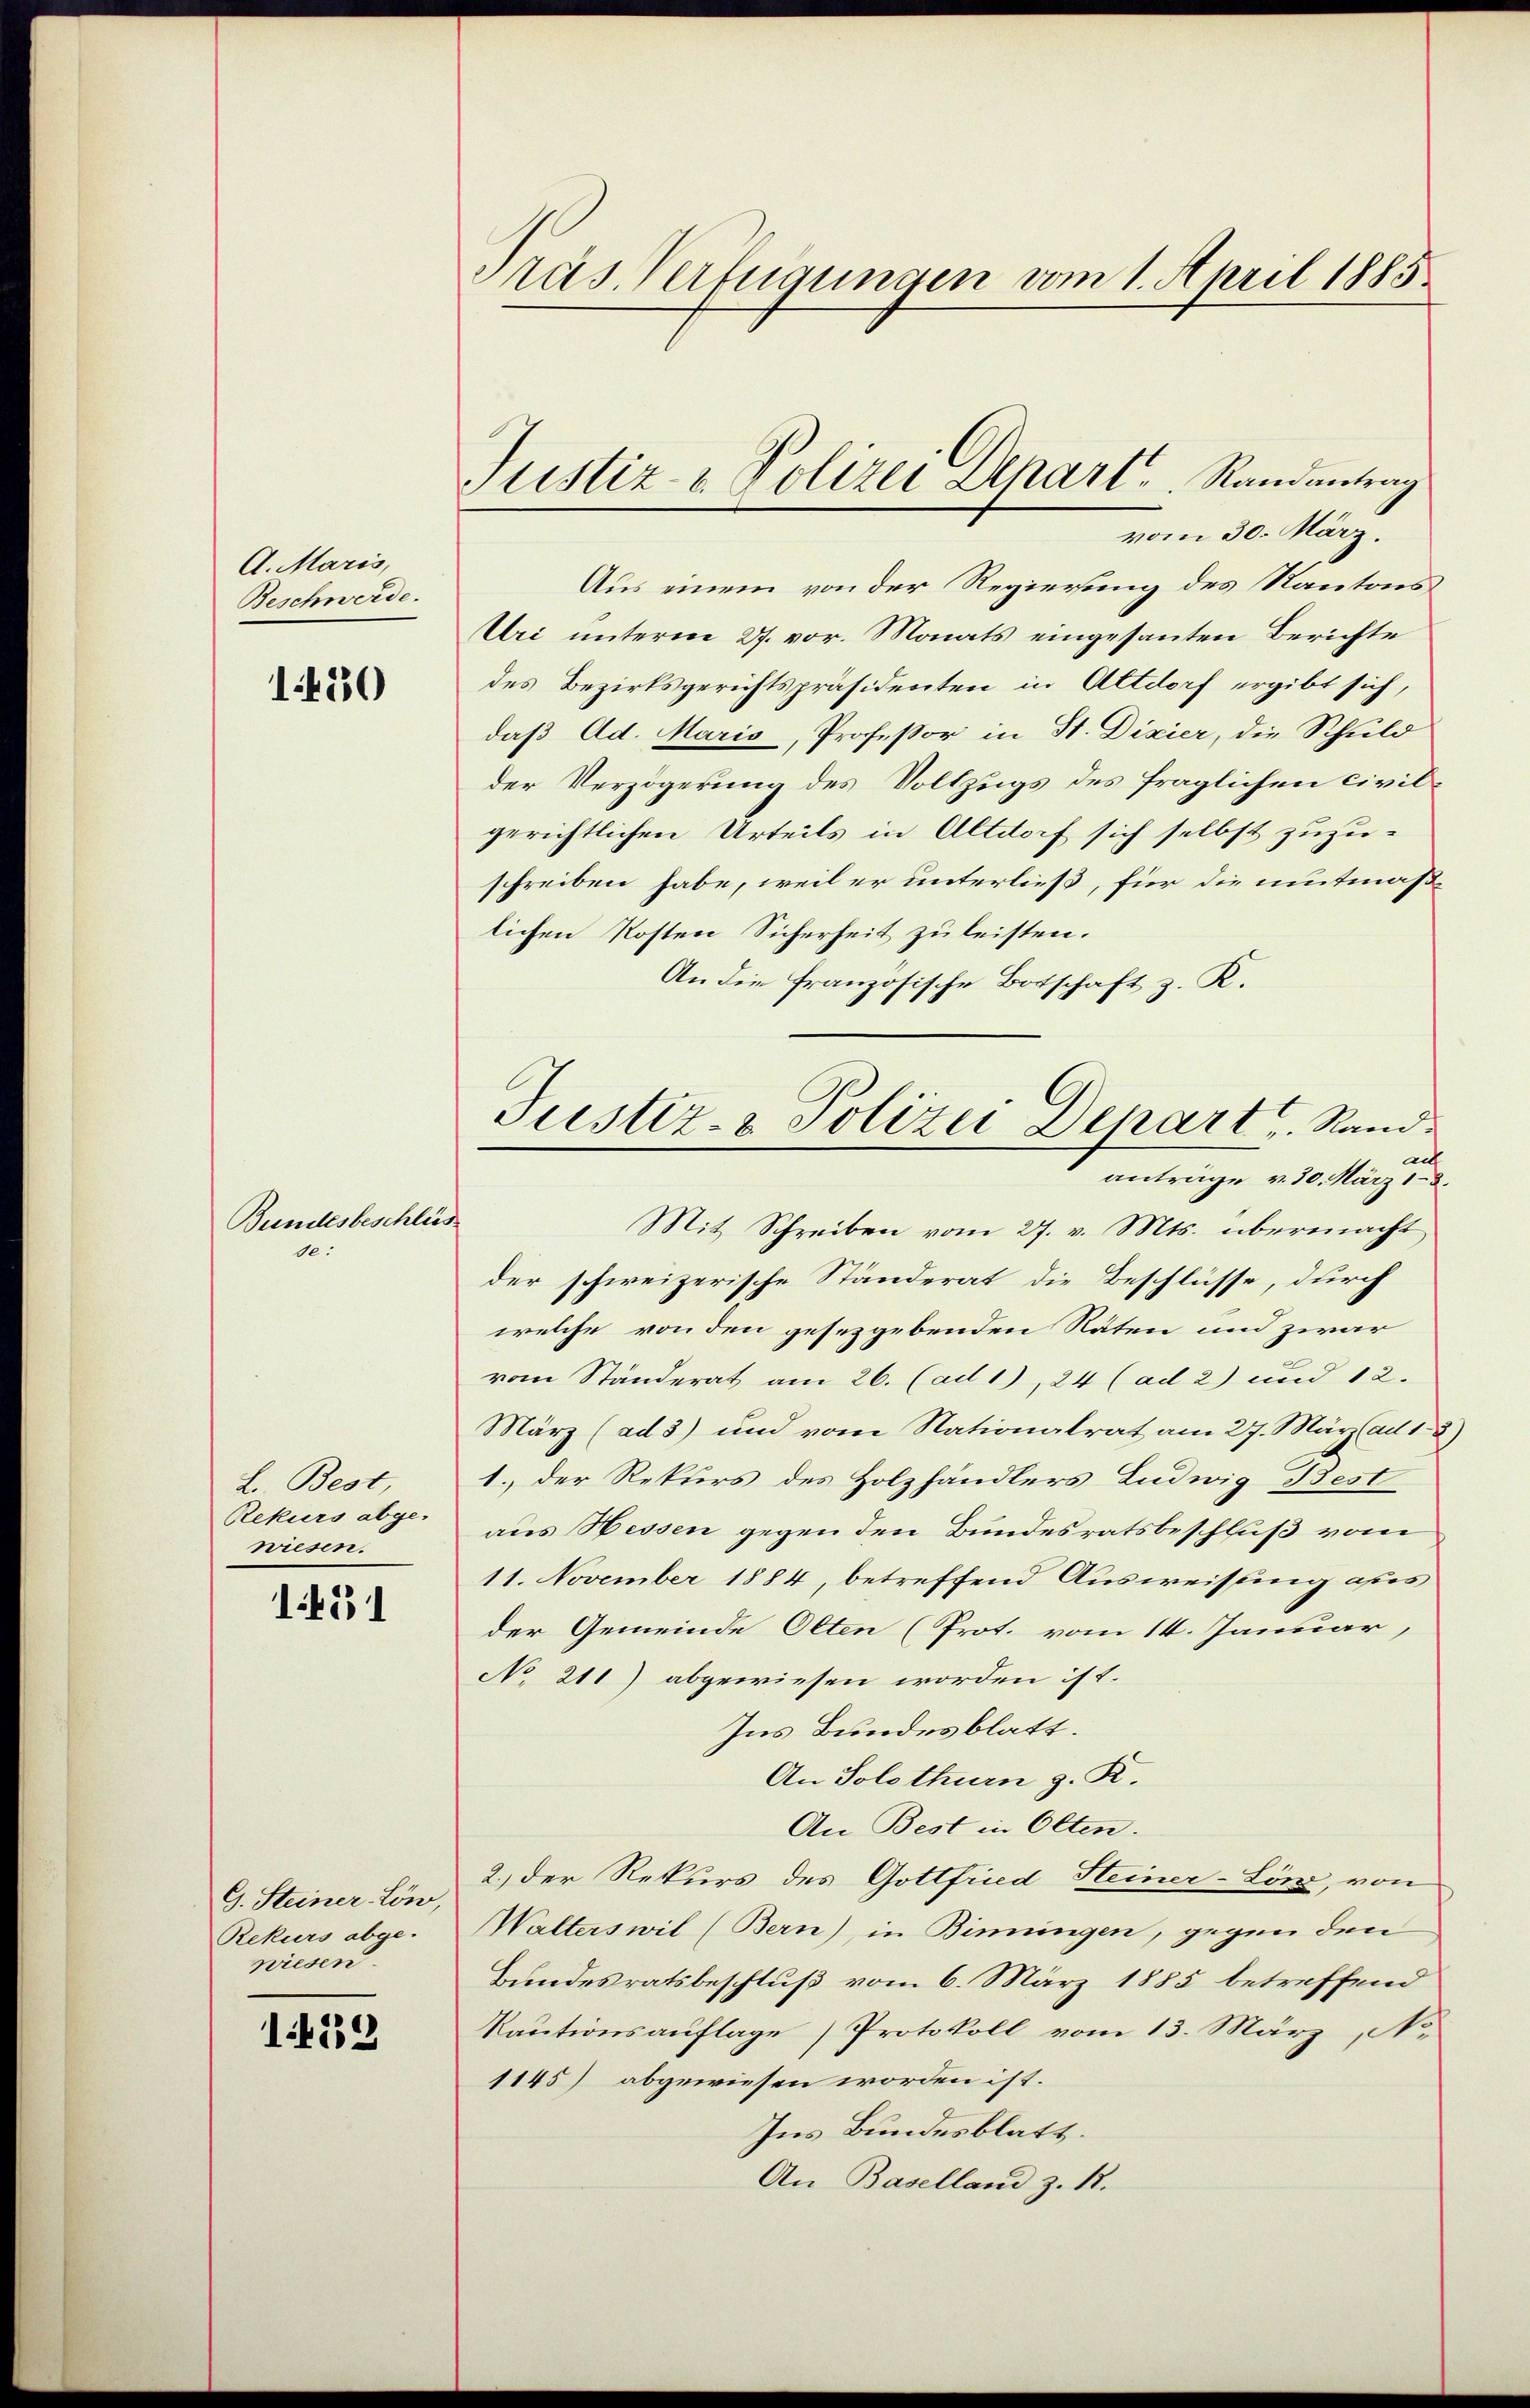
A. Maris,
Beschwerde.

1450

Bundesbeschlies
de.

1451

G. Steiner Lön,
Rekurs abge-
wiesen

14539

L. Best,
Rekurs abge-
wiesen.

Pras Verfügungen vom 1. April 1885.

Justiz- & Polizei Schart . .  Randantrag
vom 30. März.

Aus einem von der Regierung des Kantons
Uri unterm 27. vor. Monats eingesanten Berichte
des Bezirksgerichtspräsidenten in Altdorf ergibt sich,
daß Ad. Maris, Professor in St. Dixier, die Schuld
der Verzögerung des Vollzugs des fraglichen civilgerichtlichen Urteils in Altdorf sich selbst zuzuschreiben habe, weil er unterließ, für die mitmäßlichen Kosten Sicherheit zu leisten.
An die französische Botschaft z. K.
u
Mit Schreiben vom 27. v. Mts. übermacht
der schweizerische Ständerat die Beschlüsse, durch
welche von den gesetzgebenden Räten und zwar
vom Ständerat am 26. (ad 1), 24 (ad 2) und 12.
März (ad 3) und vom Nationalrat am 27. März ad 1. 3)
1. der Rekurs des Holzhändlers Ludwig Best
aus Hessen gegen den Bundesratsbeschluß vom
11. November 1884, betreffend Ausweisung ohnes
der Gemeinde Olten (Prot. vom 14. Januar,
No 211) abgewiesen worden ist.
Ins Bundesblatt.
An Solothurn z. R.
An Best in Olten.
2.) Der Rekurs des Gottfried Steiner-Linz, von
Walterswil (Bern), in Binungen, gegen den
Bundesratsbeschluß vom 6. März 1885 betreffend
Kautionsauflage Protokoll vom 13. März, N
1145) abgewiesen worden ist.
Ins Bundesblatt.
An Baselland z. 12.

Justiz- & Polizei Depart Rand
antrage v. 30. März 13.